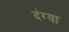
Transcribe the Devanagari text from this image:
दंग्या